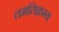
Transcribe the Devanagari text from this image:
तमतिक्रम्य